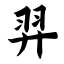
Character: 羿